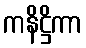
ကနိဋ္ဌိကာ